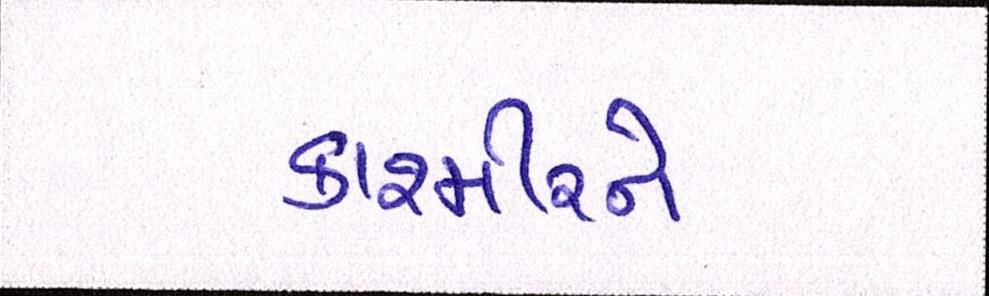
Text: કાશ્મીરને